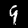
Digit: 9